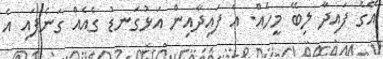
އޭގެ ފައިދާ ލިބޭ މީހެއް. އެ ފައިދާއިން އަޅުގަނޑު ގެއެއް ގަނެފައި އެ